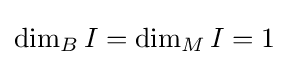
\dim _{B}I=\dim _{M}I=1